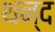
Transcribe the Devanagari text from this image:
थन्द